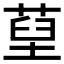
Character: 𦵐